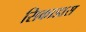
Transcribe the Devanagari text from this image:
सिकाडास